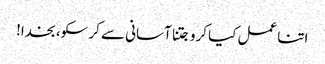
اتنا عمل کیا کرو جتنا آسانی سے کر سکو، بخدا!